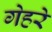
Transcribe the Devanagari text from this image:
गेहरे